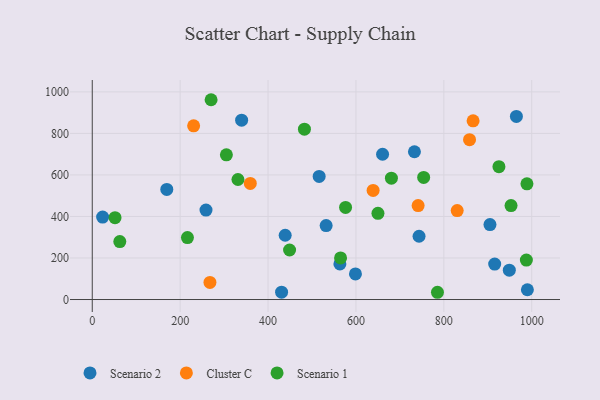
{"axis": {"x": "Distance", "y": "Sales"}, "legend": ["Cluster C", "Scenario 1", "Scenario 2"], "data": [{"x": "23.6", "y": 397.2, "type": "Scenario 2"}, {"x": "439.0", "y": 309.6, "type": "Scenario 2"}, {"x": "733.1", "y": 711.6, "type": "Scenario 2"}, {"x": "339.9", "y": 863.6, "type": "Scenario 2"}, {"x": "743.6", "y": 304.7, "type": "Scenario 2"}, {"x": "990.1", "y": 47.1, "type": "Scenario 2"}, {"x": "563.5", "y": 171.2, "type": "Scenario 2"}, {"x": "258.8", "y": 430.9, "type": "Scenario 2"}, {"x": "949.0", "y": 141.5, "type": "Scenario 2"}, {"x": "915.7", "y": 170.5, "type": "Scenario 2"}, {"x": "660.6", "y": 699.6, "type": "Scenario 2"}, {"x": "598.9", "y": 123.3, "type": "Scenario 2"}, {"x": "430.8", "y": 35.3, "type": "Scenario 2"}, {"x": "965.1", "y": 881.7, "type": "Scenario 2"}, {"x": "905.0", "y": 361.1, "type": "Scenario 2"}, {"x": "169.6", "y": 530.2, "type": "Scenario 2"}, {"x": "516.3", "y": 592.6, "type": "Scenario 2"}, {"x": "532.2", "y": 356.0, "type": "Scenario 2"}, {"x": "230.7", "y": 836.3, "type": "Cluster C"}, {"x": "830.4", "y": 428.5, "type": "Cluster C"}, {"x": "267.8", "y": 82.2, "type": "Cluster C"}, {"x": "866.6", "y": 860.4, "type": "Cluster C"}, {"x": "741.5", "y": 452.6, "type": "Cluster C"}, {"x": "359.6", "y": 559.2, "type": "Cluster C"}, {"x": "858.5", "y": 769.7, "type": "Cluster C"}, {"x": "639.1", "y": 525.5, "type": "Cluster C"}, {"x": "565.0", "y": 200.3, "type": "Scenario 1"}, {"x": "952.9", "y": 452.2, "type": "Scenario 1"}, {"x": "216.6", "y": 298.3, "type": "Scenario 1"}, {"x": "270.4", "y": 962.2, "type": "Scenario 1"}, {"x": "62.7", "y": 279.2, "type": "Scenario 1"}, {"x": "576.4", "y": 443.7, "type": "Scenario 1"}, {"x": "482.8", "y": 820.3, "type": "Scenario 1"}, {"x": "650.1", "y": 415.0, "type": "Scenario 1"}, {"x": "51.8", "y": 394.1, "type": "Scenario 1"}, {"x": "925.4", "y": 639.8, "type": "Scenario 1"}, {"x": "785.5", "y": 34.9, "type": "Scenario 1"}, {"x": "449.0", "y": 238.5, "type": "Scenario 1"}, {"x": "305.2", "y": 696.7, "type": "Scenario 1"}, {"x": "680.7", "y": 584.6, "type": "Scenario 1"}, {"x": "989.1", "y": 557.3, "type": "Scenario 1"}, {"x": "331.5", "y": 577.9, "type": "Scenario 1"}, {"x": "987.8", "y": 189.9, "type": "Scenario 1"}, {"x": "754.1", "y": 588.2, "type": "Scenario 1"}]}